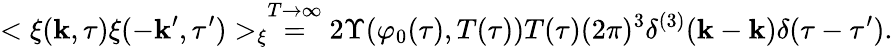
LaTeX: <\xi({\mathbf k},\tau)\xi(-{\mathbf k}^{\prime},\tau^{\prime})>_{\xi}\stackrel{T\rightarrow\infty}{=}2\Upsilon(\varphi_{0}(\tau),T(\tau))T(\tau)(2\pi)^{3}\delta^{(3)}(\mathbf{k}-\mathbf{k})\delta(\tau-\tau^{\prime}).